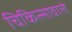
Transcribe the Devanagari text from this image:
चिकित्सावाले